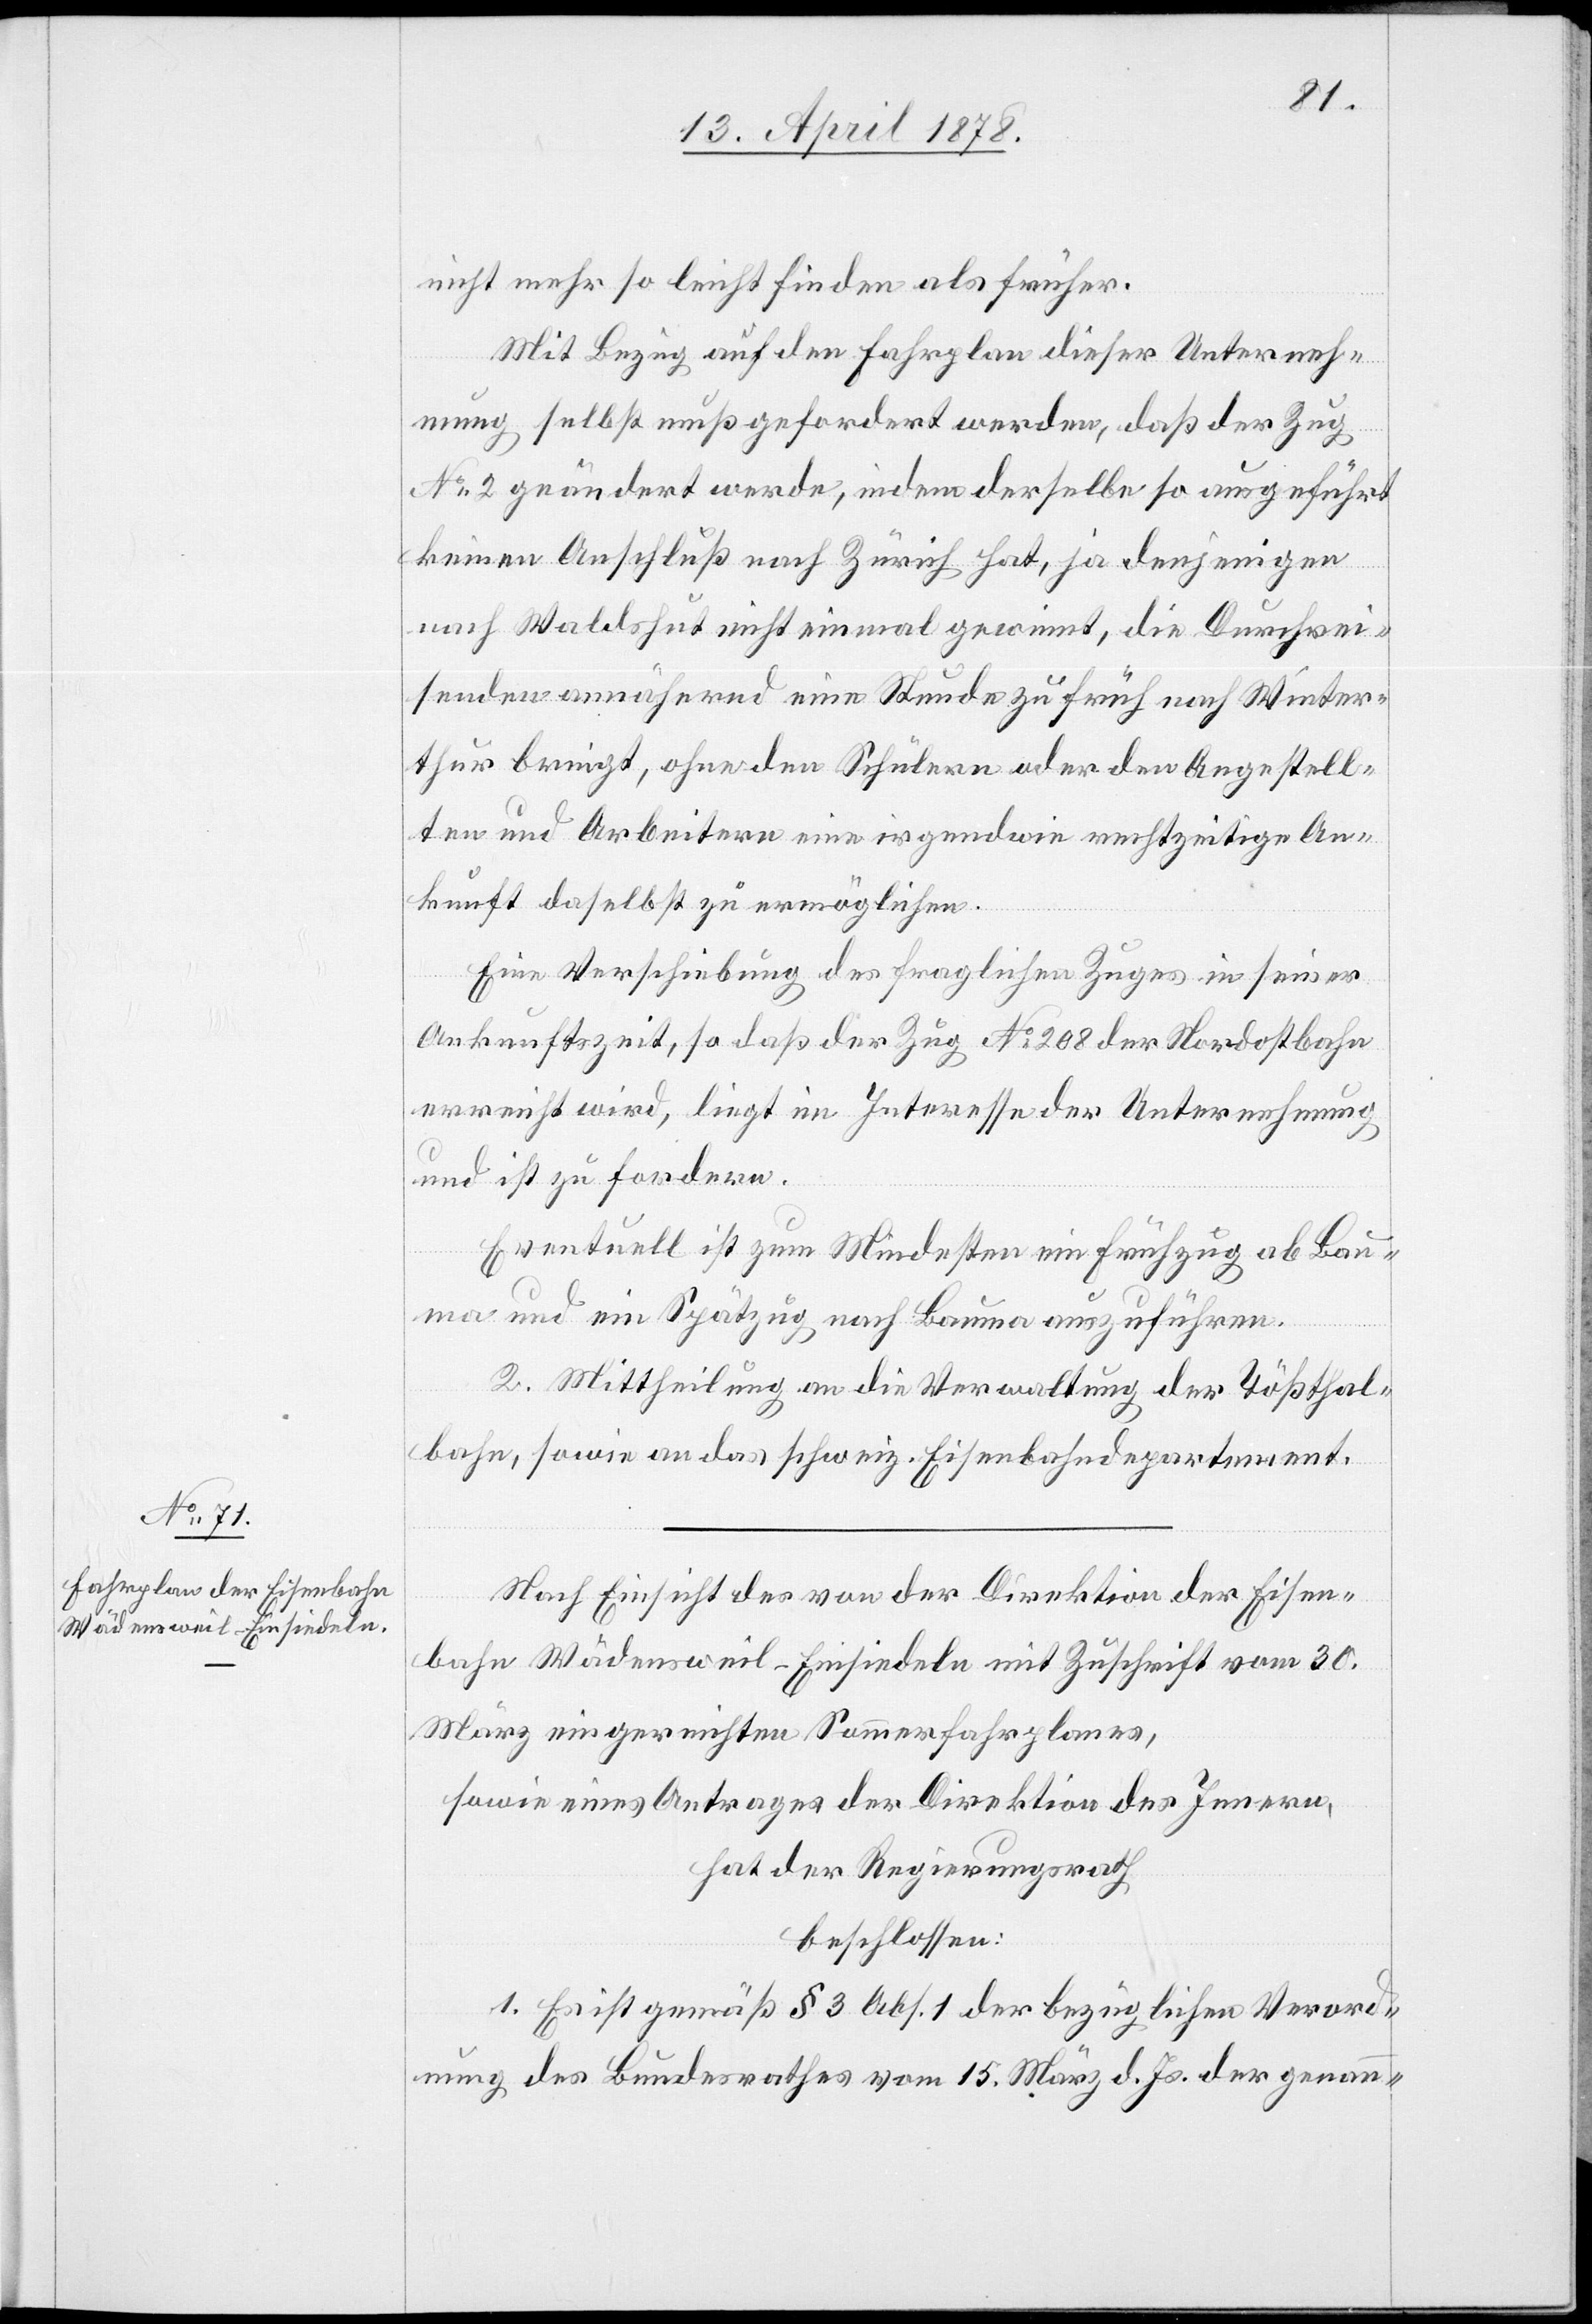
nicht mehr so leicht finden als früher.
Mit Bezug auf den Fahrplan dieser Unterneh¬
mung selbst muß gefordert werden, daß der Zug
No 2 geändert werde, indem derselbe so ausgeführt
keinen Anschluß nach Zürich hat, ja denjenigen
nach Waldshut nicht einmal gewinnt, die Durchrei¬
senden annähernd eine Stunde zu früh nach Winter¬
thur bringt, ohne den Schülern oder den Angestell¬
ten und Arbeitern eine irgendwie rechtzeitige An¬
kunft daselbst zu ermöglichen.
Eine Verschiebung des fraglichen Zuges in seiner
Ankunftszeit, so daß der Zug No 208 der Nordostbahn
erreicht wird, liegt im Interesse der Unternehmung
und ist zu fordern.
Eventuell ist zum Mindesten ein Frühzug ab Bau¬
ma und ein Spätzug nach Bauma anzuführen.
2. Mittheilung an die Verwaltung der Tößthal¬
bahn, sowie an das schweiz. Eisenbahndepartement.
Nach Einsicht des von der Direktion der Eisen¬
bahn Wädensweil–Einsiedeln mit Zuschrift vom 30.
März eingereichten Sommerfahrplanes,
sowie eines Antrages der Direktion des Innern,
hat der Regierungsrath
beschlossen:
1. Es ist gemäß § 3 Abs. 1 der bezüglichen Verord¬
nung des Bundesrathes vom 15. März d. Js. der genann-